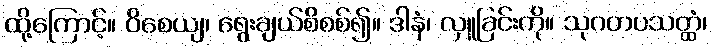
ထို့ကြောင့်။ ဝိစေယျ၊ ရွေးချယ်စိစစ်၍။ ဒါနံ၊ လှူခြင်းကို။ သုဂတပသတ္ထံ၊